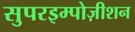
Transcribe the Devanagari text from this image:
सुपरइम्पोज़ीशन